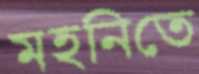
মহনিতে